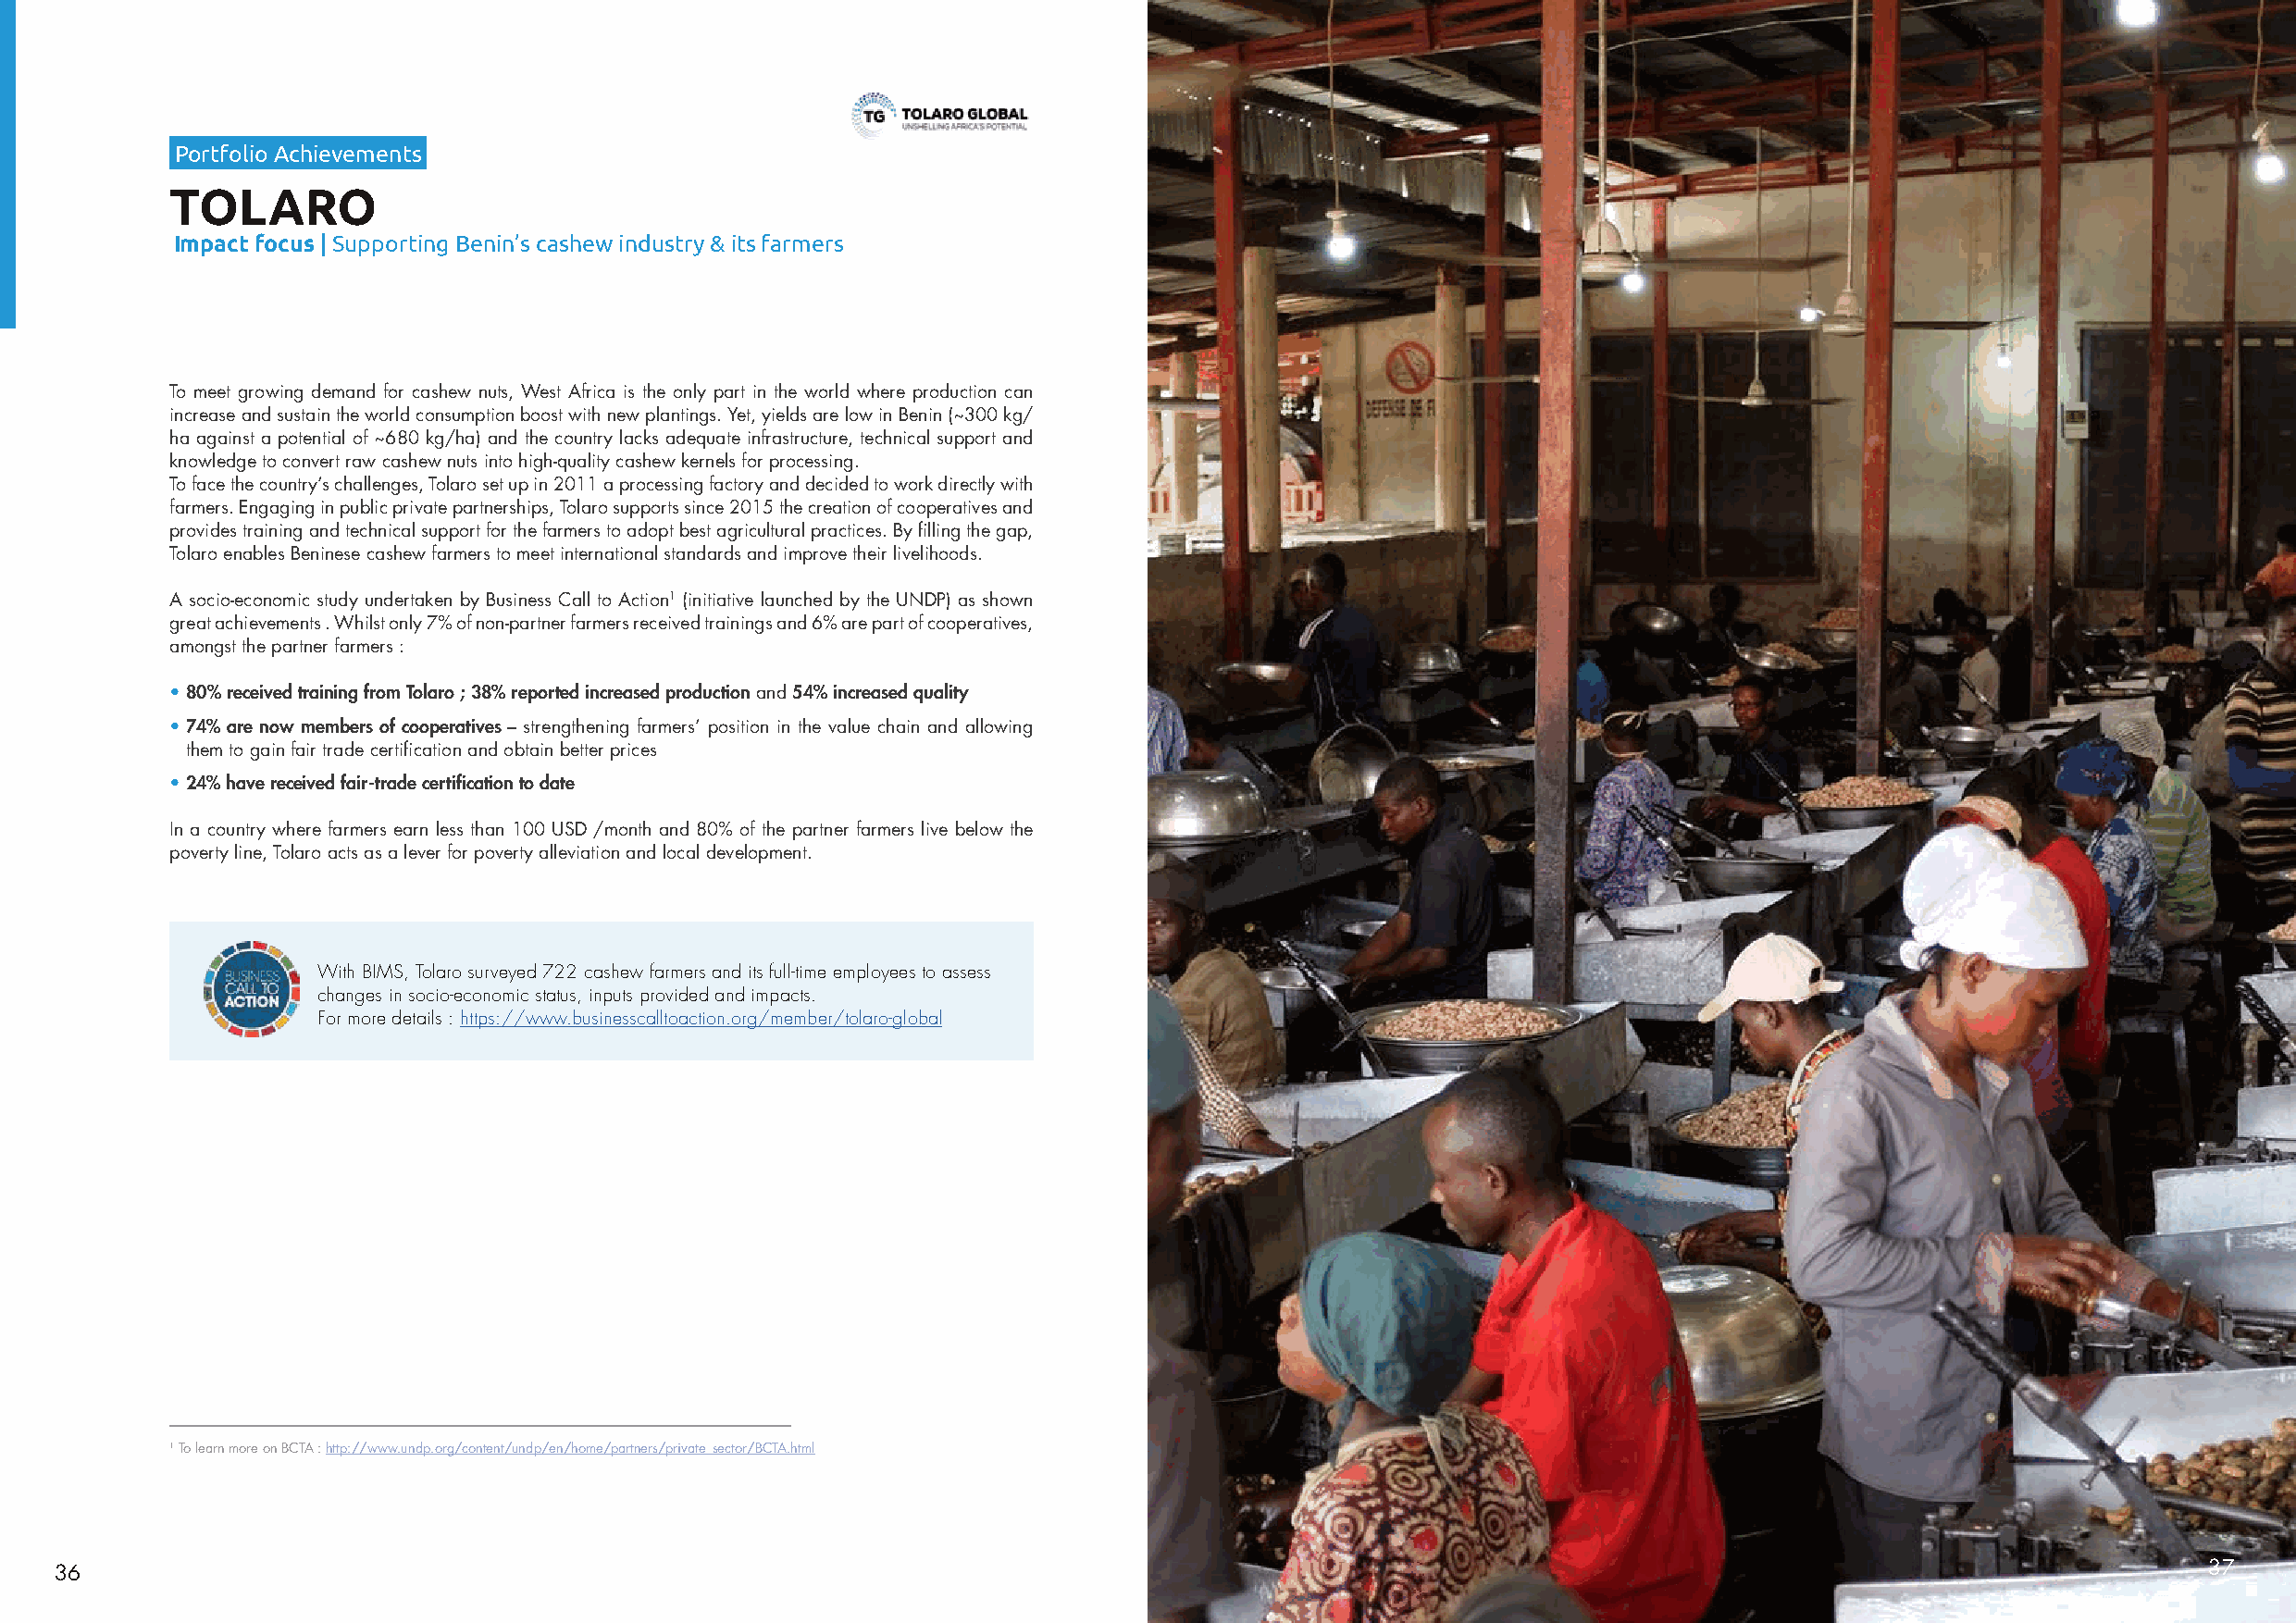
Portfolio Achievements
 TOLARO
 Impact focus | Supporting Benin’s cashew industry & its farmers
 To meet growing demand for cashew nuts, West Africa is the only part in the world where production can
 increase and sustain the world consumption boost with new plantings. Yet, yields are low in Benin (~300 kg/
 ha against a potential of ~680 kg/ha) and the country lacks adequate infrastructure, technical support and
 knowledge to convert raw cashew nuts into high-quality cashew kernels for processing.
 To face the country’s challenges, Tolaro set up in 2011 a processing factory and decided to work directly with
 farmers. Engaging in public private partnerships, Tolaro supports since 2015 the creation of cooperatives and
 provides training and technical support for the farmers to adopt best agricultural practices. By filling the gap,
 Tolaro enables Beninese cashew farmers to meet international standards and improve their livelihoods.
 A socio-economic study undertaken by Business Call to Action1 (initiative launched by the UNDP) as shown
 great achievements . Whilst only 7% of non-partner farmers received trainings and 6% are part of cooperatives,
 amongst the partner farmers :
 • 80% received training from Tolaro ; 38% reported increased production and 54% increased quality
 • 74% are now members of cooperatives – strengthening farmers’ position in the value chain and allowing
 them to gain fair trade certification and obtain better prices
 • 24% have received fair-trade certification to date
 In a country where farmers earn less than 100 USD /month and 80% of the partner farmers live below the
 poverty line, Tolaro acts as a lever for poverty alleviation and local development.
 With BIMS, Tolaro surveyed 722 cashew farmers and its full-time employees to assess
 changes in socio-economic status, inputs provided and impacts.
 For more details : https://www.businesscalltoaction.org/member/tolaro-global
 1 To learn more on BCTA : http://www.undp.org/content/undp/en/home/partners/private_sector/BCTA.html
 36                                                                                                                                                        37